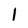
Character: 1